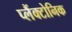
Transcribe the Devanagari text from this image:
प्लैंक्टोनिक